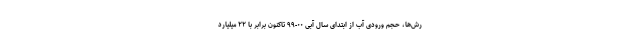
رش‌ها، حجم ورودی آب از ابتدای سال آبی ۰۰-۹۹ تاکنون برابر با ۲۲ میلیارد